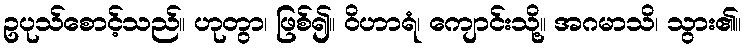
ဥပုသ်စောင့်သည်။ ဟုတွာ၊ ဖြစ်၍။ ဝိဟာရံ၊ ကျောင်းသို့။ အဂမာသိ၊ သွား၏။